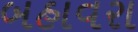
બહાવરા